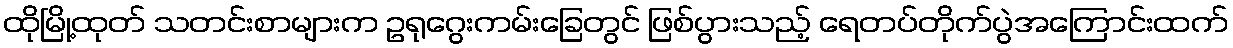
ထိုမြို့ထုတ် သတင်းစာများက ဥရုဂွေးကမ်းခြေတွင် ဖြစ်ပွားသည့် ရေတပ်တိုက်ပွဲအကြောင်းထက်